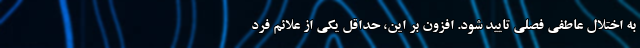
به اختلال عاطفی فصلی تایید شود. افزون بر این، حداقل یکی از علائم فرد